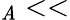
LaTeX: _\mathit{A}<<